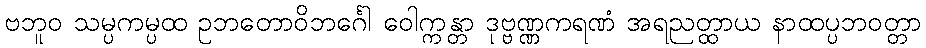
ဗဘူဝ သမ္ပကမ္ပထ ဥဘတောဝိဘင်္ဂေါ ဝေါက္ကန္တာ ဒုဗ္ဗဏ္ဏကရဏံ အရညတ္ထာယ နာထပ္ပဘဝတ္တာ